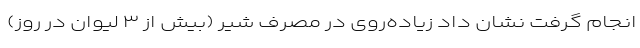
انجام گرفت نشان داد زیاده‌روی در مصرف شیر (بیش از ۳ لیوان در روز)